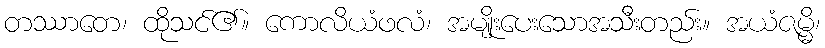
တဿာတေ၊ ထိုသင်၏။ ကောလိယံဖလံ၊ အမျိုးပေးသောအသီးတည်း။ အယံဇမ္မိ၊